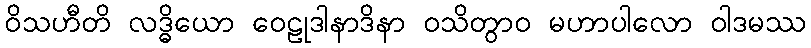
ဝိသဟီတိ လဒ္ဓိယော ဝေဠုဒါနာဒိနာ ဝသိတွာဝ မဟာပါလော ဝါဒမဿ